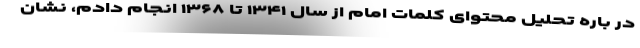
در باره تحلیل محتوای کلمات امام از سال ۱۳۴۱ تا ۱۳۶۸ انجام دادم، نشان